Indian journal of veterinary science and animal husbandry - Volume 7,
Year: 1937
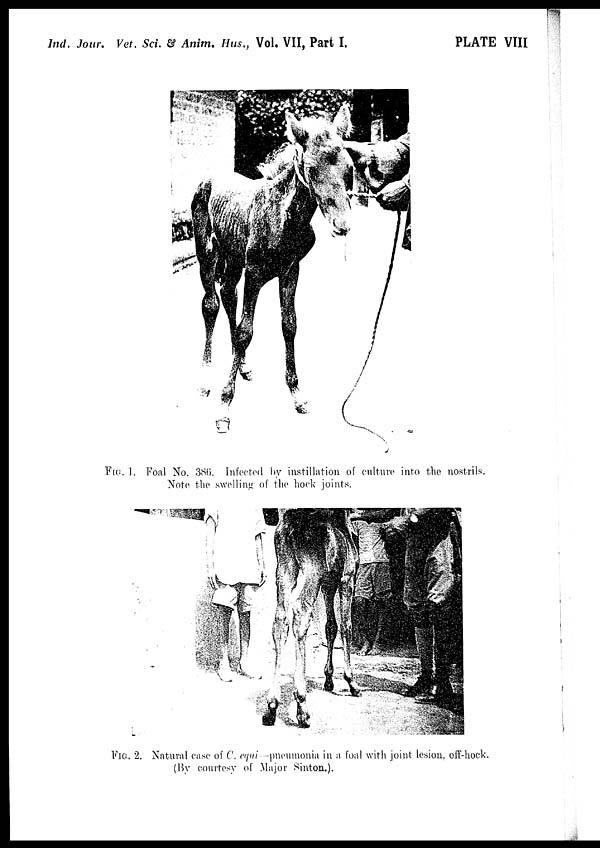
Ind. Jour. Vet. Sci. & Anim. Hus., Vol. VII, Part I.
PLATE VIII
FIG. 1. Foal No. 386. Infected by instillation of culture into the nostrils.
Note the swelling of the hock joints.
FIG. 2. Natural case of C. equi—pneumonia in a foal with joint lesion, off-hock.
(By courtesy of Major Sinton.).